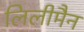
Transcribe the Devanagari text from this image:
लिलीमैन